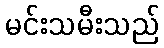
မင်းသမီးသည်